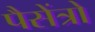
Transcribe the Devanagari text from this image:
पैसेंत्रो